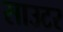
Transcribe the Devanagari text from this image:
साउटर